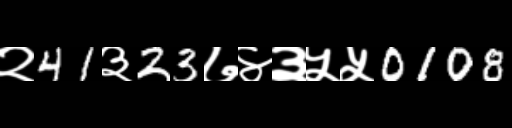
Text: २41३23७४३५५0108